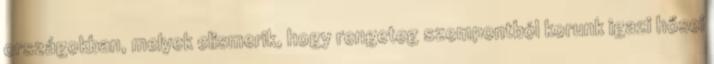
országokban, melyek elismerik, hogy rengeteg szempontból korunk igazi hősei